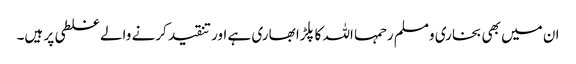
ان میں بھی بخاری ومسلم رحمہا اللہ کا پلڑا بھاری ہے اور تنقید کرنے والے غلطی پر ہیں۔